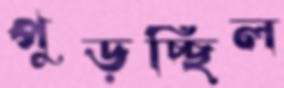
পুড়চ্ছিল